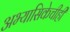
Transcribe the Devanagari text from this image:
अभ्यासिकेचीही